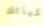
اشيائك